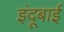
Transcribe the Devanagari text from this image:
इंदूबाई